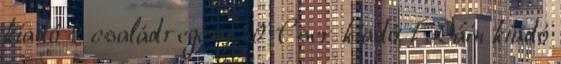
kiadó 2 családregény 40 Cser kiadó 1 Dáin kiadó